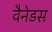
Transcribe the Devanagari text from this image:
वैनेडस